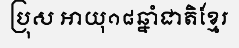
ប្រុស អាយុ១៨ឆ្នាំជាតិខ្មែរ